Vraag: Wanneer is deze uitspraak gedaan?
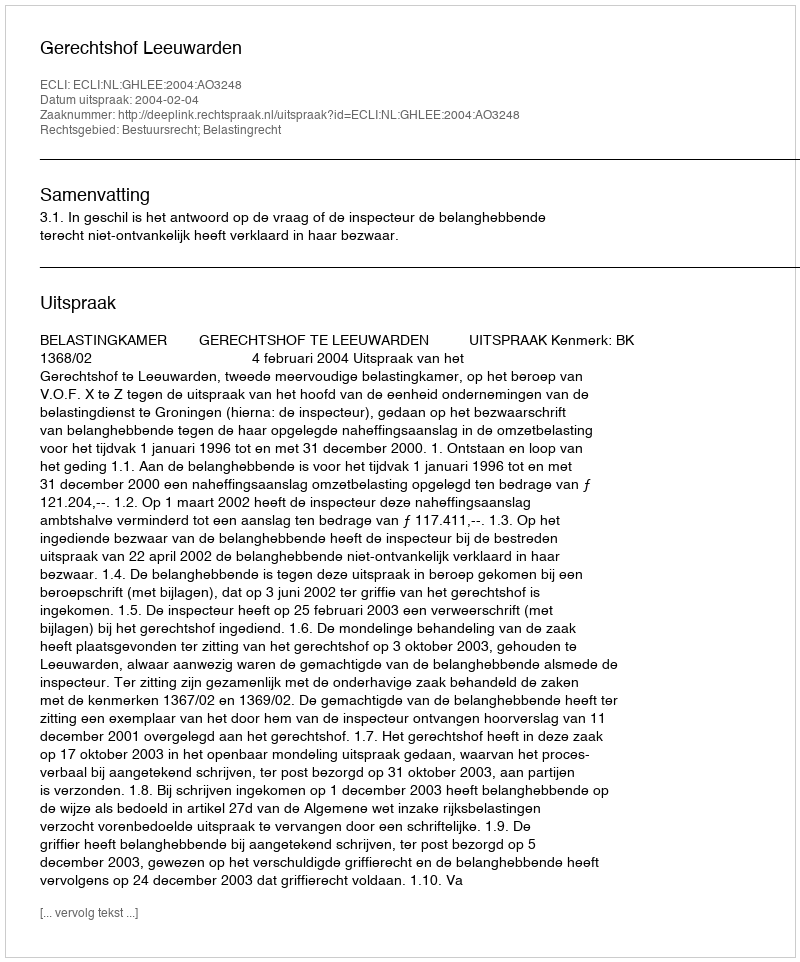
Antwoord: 2004-02-04